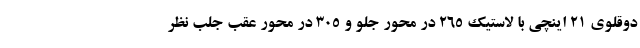
دوقلوی 21 اینچی با لاستیک 265 در محور جلو و 305 در محور عقب جلب نظر